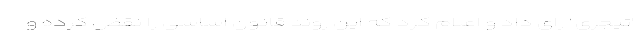
"تیجری" رای داد و اعلام کرد که این روند قانون اساسی را نقض کرده و